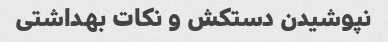
نپوشیدن دستکش و نکات بهداشتی